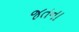
જતના